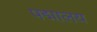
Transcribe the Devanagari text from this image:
पद्मालय